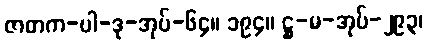
ဇာတက-ပါ-ဒု-အုပ်-၆၄။ ၁၉၄။ ဋ္ဌ-မ-အုပ်-၂၉၃၊